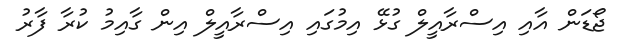
ޖޯޑަން އާއި އިސްރާއީލް ގުޅޭ އިމުގައި އިސްރާއީލް އިން ގާއިމު ކުރާ ފާރު